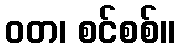
ဝတ၊ စင်စစ်။